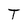
Character: T